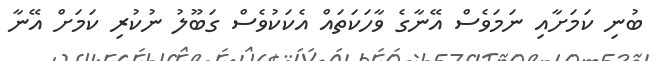
ބުނި ކަމަށާއި ނަމަވެސް އޭނާގެ ވާހަކަތައް އެކަކުވެސް ގަބޫލު ނުކުރި ކަމަށް އޭނާ